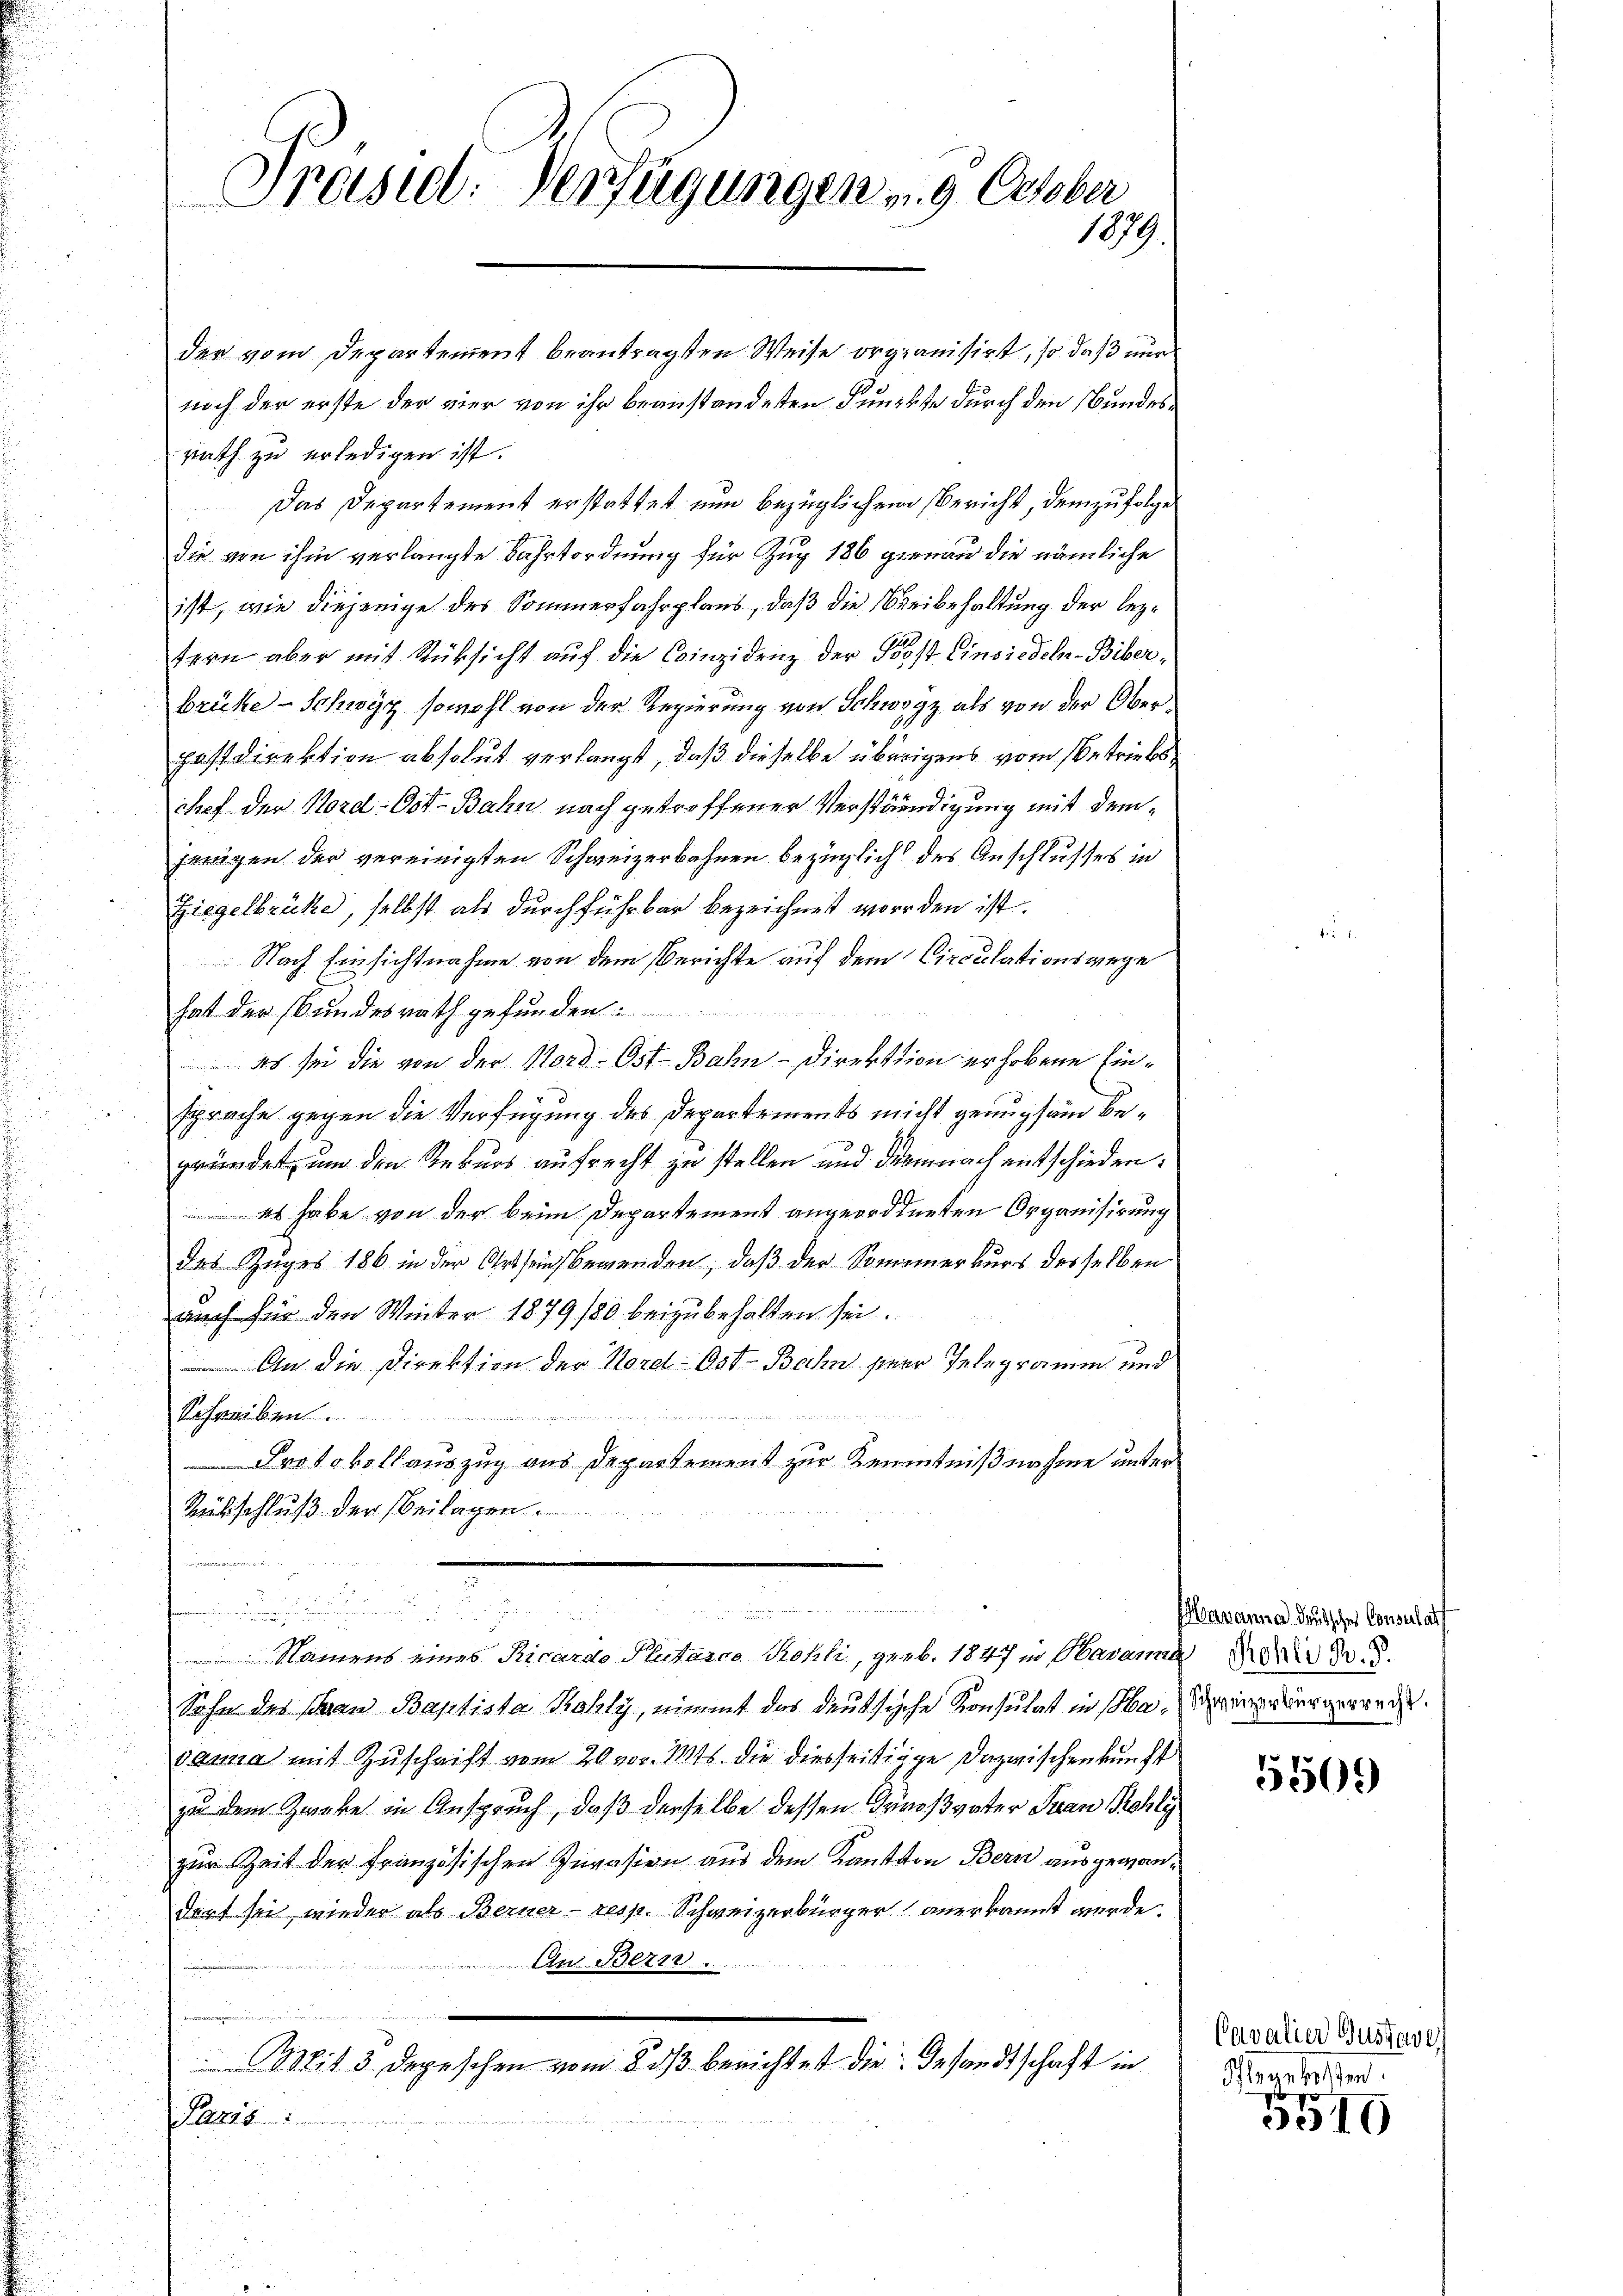
Präsid. Verfügungen u. 9. October
1879.

der vom Departement beantragsten Weise organisirt, so daß nur
noch der erste der vier von ihr beanstandeten Funkte durch den Bundesrath zu erledigen ist.
Das Departement erstattet nun bezüglichen Bericht, demzufolgedie von ihm verlangte Fahrtordnung für Zug 186 gienen die nämliche
ist, wie diejenige des Sommerfahrplans, daß die Breibehaltung der leztern aber mit Rücksicht aŭf die Coinzidenz der Post Einsiedel-Biber,
brüke - Schwyz sowohl von der Regierung von Schwyz als von der Oberpastdirektion absolut verlangt, daß dieselbe überigens vom Betriebs
chef der Nord-Ost-Bahn nach getroffener Verständigung mit demjenigen der vereinigten Schweizerbahnen bezüglich des Anschlusses in
Ziegelbrücke, selbst als durchführbar bezeichnet worden ist.
Nach Einsichtnahme von dem Berichte auf dem Circulationswege
hat der Bundesrath gefunden:
 Ich sei die von der Nord- Ost-Bahn-Direktion erhobene Einsprache gegen die Verfügung des Departements nicht genugsam begründet, um den Rekurs aufrecht zu stellen und demnach entschieden:
 Es habe von der beim Departement angeordneten Organisirung
des Zuges 186 in der Ortsein Bewenden, daß der Somemerkurs desselben
auch für den Winter 1879/80 beizubehalten sei.
 An die Direktion der Nord- Ost- Bahn hier Telegramm und
Schreiben

Protokollauszug aus Departement zur Kenntnißnahme unter
Rückschluß der Beilagen.
.
 Namens eines Ricardo Plutarco Kohli, geb. 1847 in Havanna War d.
Sohn des Schan Baptista Tahly, nimmt das deutsische Konsulat in sola-Schwurgerredet.
vanna mit Zuschrift vom 20. vor. Mts. die diesseitige Dazwischenkunft
zu dem Zweke in Anspruch, daß derselbe dessen Großvater San Rohly
zur Zeit der Französischen Jurasien aus dem Kanton Bern ausgewandorf sei, wieder als Berner - resp. Schweizerbürger anerkannt wurde.
An Bezer.  .. ..
Mit 3 Depeschen vom 8. dβ berichtet die Gesandtschaft in
Paris

avanna deutschen Consulat

5500

Cavalier Gustave
Pflege bessen.

5549